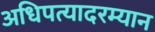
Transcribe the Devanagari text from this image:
अधिपत्यादरम्यान